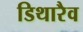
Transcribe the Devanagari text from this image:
डिथारैव